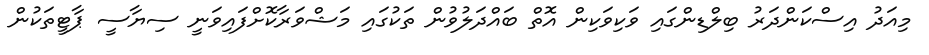
މިއަދު އިސްކަންދަރު ބިލްޑިންގައި ވަކިވަކިން އޮތް ބައްދަލުވުން ތަކުގައި މަޝްވަރާކޮށްފައިވަނީ ސިޔާސީ ޕާޓީތަކުން